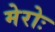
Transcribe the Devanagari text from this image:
मेरोः